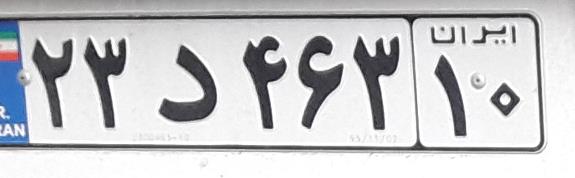
۲۳د۴۶۳۱۰